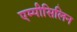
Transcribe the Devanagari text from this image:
एम्पीसिलिन